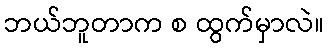
ဘယ်ဘူတာက စ ထွက်မှာလဲ။